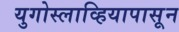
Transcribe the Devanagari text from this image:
युगोस्लाव्हियापासून